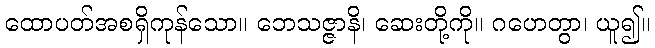
ထောပတ်အစရှိကုန်သော။ ဘေသဇ္ဇာနိ၊ ဆေးတို့ကို။ ဂဟေတွာ၊ ယူ၍။